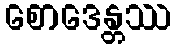
စောဒေန္တဿ